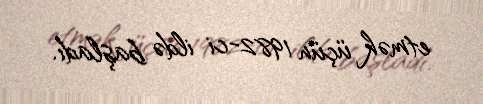
etmək üçün 1982-ci ildə başladı.